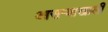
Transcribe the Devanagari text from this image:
आसऱ्याखाली